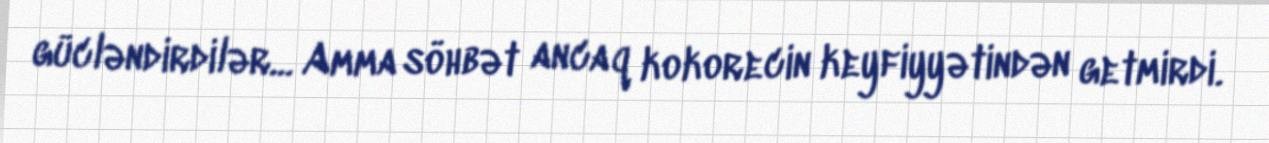
gücləndirdilər... Amma söhbət ancaq kokorecin keyfiyyətindən getmirdi.